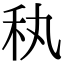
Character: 秇